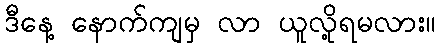
ဒီနေ့ နောက်ကျမှ လာ ယူလို့ရမလား။